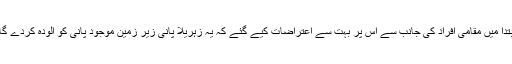
ابتدا میں مقامی افراد کی جانب سے اس پر بہت سے اعتراضات کیے گئے کہ یہ زہریلا پانی زیر زمین موجود پانی کو آلودہ کردے گا۔